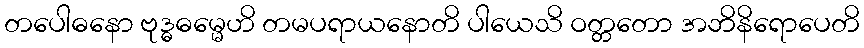
တပေါဓနော ဗုဒ္ဓဓမ္မေဟိ တမပရာယနောတိ ပါယေသိ ဝတ္တတော အဘိနိရောပေတိ